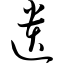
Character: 遗